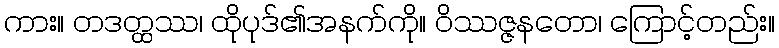
ကား။ တဒတ္ထဿ၊ ထိုပုဒ်၏အနက်ကို။ ဝိဿဇ္ဇနတော၊ ကြောင့်တည်း။